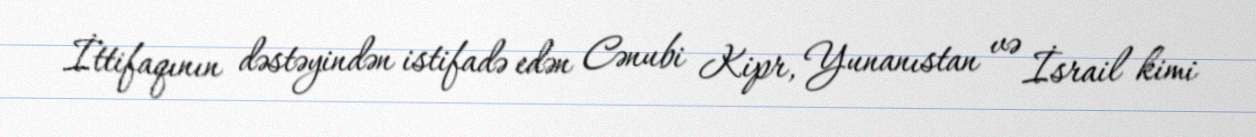
İttifaqının dəstəyindən istifadə edən Cənubi Kipr, Yunanıstan və İsrail kimi